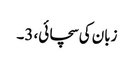
زبان کی سچائی، 3۔